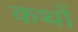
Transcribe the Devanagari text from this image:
कथों